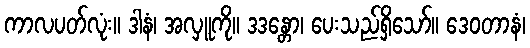
ကာလပတ်လုံး။ ဒါနံ၊ အလှူကို။ ဒဒန္တော၊ ပေးသည်ရှိသော်။ ဒေဝတာနံ၊